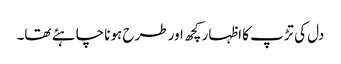
دل کی تڑپ کا اظہار کچھ اور طرح ہونا چاہئے تھا۔